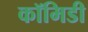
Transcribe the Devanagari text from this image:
कॉमिडी